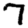
Digit: 7